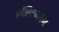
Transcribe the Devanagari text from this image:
एल्फिन्स्त्न